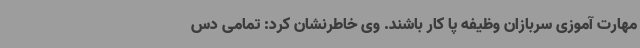
مهارت آموزی سربازان وظیفه پا کار باشند. وی خاطرنشان کرد: تمامی دس